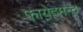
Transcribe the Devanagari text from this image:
फायेदमन्द